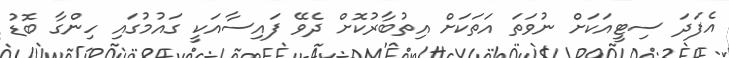
އެފަދަ ސިޓީއަކަށް ނުވަތަ އަތަކަށް އިތުބާރުކޮށް ދެވޭ ފައިސާއަކީ ގައުމުގައި ހިންގާ ބޮޑު